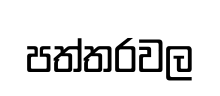
පත්තරවල